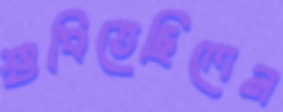
শুধিতেছিলেন